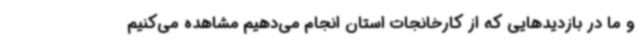
و ما در بازدیدهایی که از کارخانجات استان انجام می‌دهیم مشاهده می‌کنیم